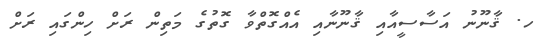
ހ. ޤާނޫނު އަސާސީއާއި ޤާނޫނާއި އެއްގޮތްވާ ގޮތުގެ މަތިން ރަށް ހިންގައި ރަށް